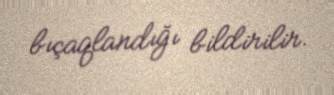
bıçaqlandığı bildirilir.